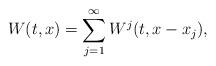
LaTeX: \begin{align*}W(t,x) =\sum_{j=1}^{\infty} W^j(t,x-x_j),\end{align*}